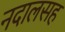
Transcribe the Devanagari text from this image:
नदालसह